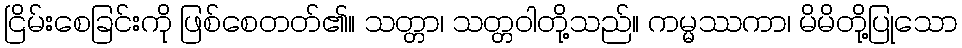
ငြိမ်းစေခြင်းကို ဖြစ်စေတတ်၏။ သတ္တာ၊ သတ္တဝါတို့သည်။ ကမ္မဿကာ၊ မိမိတို့ပြုသော